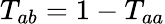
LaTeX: T_{ab}=1-T_{aa}